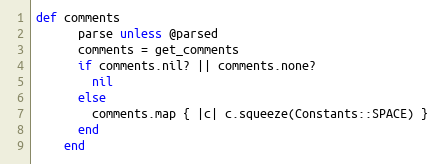
Language: Ruby
def comments
      parse unless @parsed
      comments = get_comments
      if comments.nil? || comments.none?
        nil
      else
        comments.map { |c| c.squeeze(Constants::SPACE) }
      end
    end